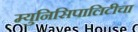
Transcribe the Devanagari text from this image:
म्युनिसिपालिटीचा